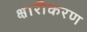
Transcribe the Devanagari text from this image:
क्षारीकरण